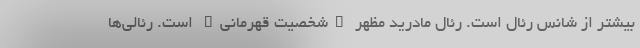
بیشتر از شانس رئال است. رئال مادرید مظهر "شخصیت قهرمانی" است. رئالی‌ها